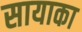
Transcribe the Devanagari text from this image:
सायाका